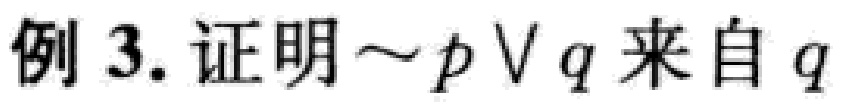
例 3. 证明$\sim p \vee q$来自$q$